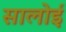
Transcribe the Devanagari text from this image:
सालोई